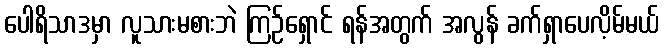
ပေါရိသာဒမှာ လူသားမစားဘဲ ကြဉ်ရှောင် ရန်အတွက် အလွန် ခက်ရှာပေလိ့မ်မယ်